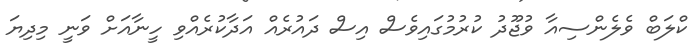
ކްލަބް ވެލެންސިއާ ވުޖޫދު ކުރުމުގައިވެސް އިސް ދައުރެއް އަދާކުރެއްވި ހީނާއަށް ވަނީ މިދިޔަ